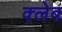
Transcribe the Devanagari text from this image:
क्लेब